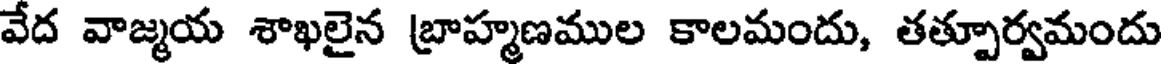
వేద వాజ్మయ శాఖలైన బ్రాహ్మణముల కాలమందు, తత్పూర్వమందు